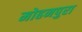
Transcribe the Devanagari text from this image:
मोहनपुरा